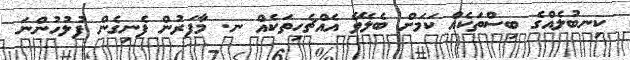
ކިނބުލެއްގެ ބިސްތަކެއް ކަމަށް ބެލެވޭ އެއްޗެހިތަކެއް ނ. މާފަރުން ފެނިގެން ފުލުހުންނަ